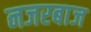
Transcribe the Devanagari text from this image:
नजरबाज